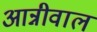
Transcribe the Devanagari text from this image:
आन्नीवाल